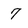
Character: 7